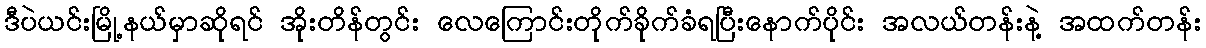
ဒီပဲယင်းမြို့နယ်မှာဆိုရင် အိုးတိန်တွင်း လေကြောင်းတိုက်ခိုက်ခံရပြီးနောက်ပိုင်း အလယ်တန်းနဲ့ အထက်တန်း